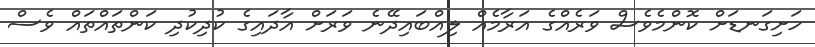
ހަށިގަނޑަށް ކޮންމެވެސް ވަރެއްގެ އަރާމެއް ލިއްބައިދޭނެ ވަރަށް އާދައިގެ ކުދިކުދި ކަންތައްތައް ވެސް